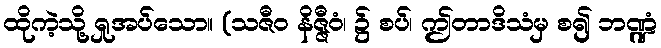
ထိုကဲ့သို့ ရှုအပ်သော။ (သဇီဝ နိဇ္ဇီဝံ၊ ၌ စပ်၊ ဤတာဒိသံမှ စ၍ ဘဏ္ဍံ